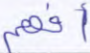
أفهم